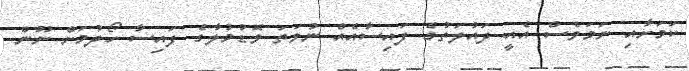
ކަމަށާއި ނަމަވެސް އެއީ ދައުލަތުގެ ފައިސާއެއް ނުވަތަ ވޮޑުމުލާގެ ފައިސާ ހޯދުމަށް ނޫން